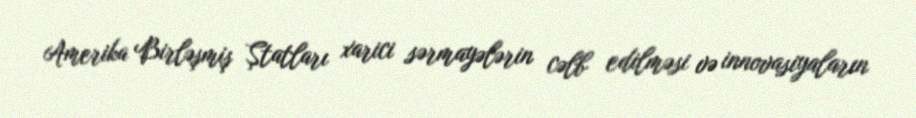
Amerika Birləşmiş Ştatları xarici sərmayələrin cəlb edilməsi və innovasiyaların